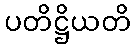
ပတိဋ္ဌိယတိ